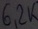
Text: 6,2K